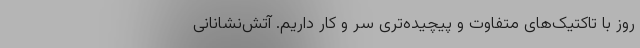
روز با تاکتیک‌های متفاوت و پیچیده‌تری سر و کار داریم. آتش‌نشانانی